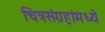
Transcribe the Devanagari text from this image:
चित्रसंग्रहांमध्ये